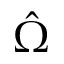
\hat { \Omega }